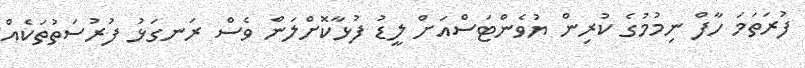
ފުރަތަމަ ހާފް ނިމުމުގެ ކުރިން ޔުވެންޓަސްއަށް ލީޑު ފުޅާކޮށްލަން ވެސް ރަނގަޅު ފުރުސަތުތަކެއް